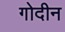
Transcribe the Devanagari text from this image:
गोदीन